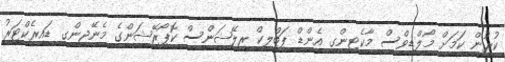
ކުރުން ކަމަށް މޯލްޑިވްސް މާކެޓިންގ އެންޑް ޕަބްލިކް ރިލޭޝަންސް ކޮޕޯރޭޝަންގެ މެނޭޖިންގ ޑައިރެކްޓަރު